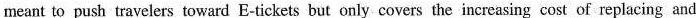
meant to push travelers toward E-tickets but only covers the increasing cost of replacing and